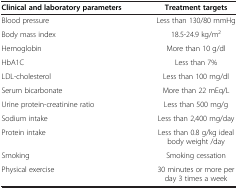
| Clinical and laboratory parameters | Treatment targets |
 | --- | --- |
 | Blood pressure | Less than 130/80 mmHg |
 | Body mass index | 18.5-24.9 kg/m2 |
 | Hemoglobin | More than 10 g/dl |
 | HbA1C | Less than 7% |
 | LDL-cholesterol | Less than 100 mg/dl |
 | Serum bicarbonate | More than 22 mEq/L |
 | Urine protein-creatinine ratio | Less than 500 mg/g |
 | Sodium intake | Less than 2,400 mg/day |
 | Protein intake | Less than 0.8 g/kg ideal body weight /day |
 | Smoking | Smoking cessation |
 | Physical exercise | 30 minutes or more per day 3 times a week |